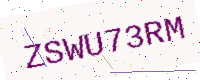
Text: ZSWU73RM